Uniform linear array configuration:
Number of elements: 64
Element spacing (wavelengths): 0.75
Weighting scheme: blackman
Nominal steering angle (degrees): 0
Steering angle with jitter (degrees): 0.1782
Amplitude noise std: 0.05
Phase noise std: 0.05

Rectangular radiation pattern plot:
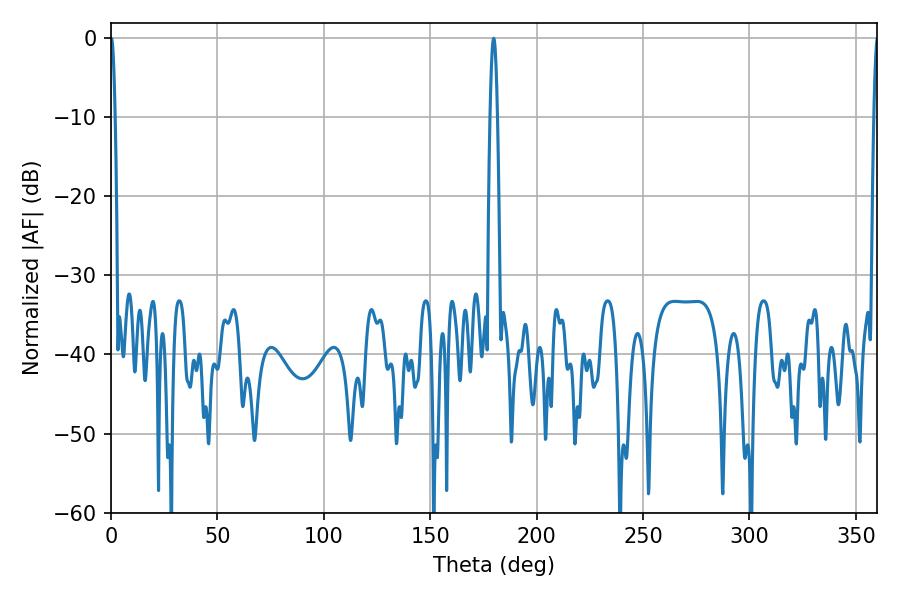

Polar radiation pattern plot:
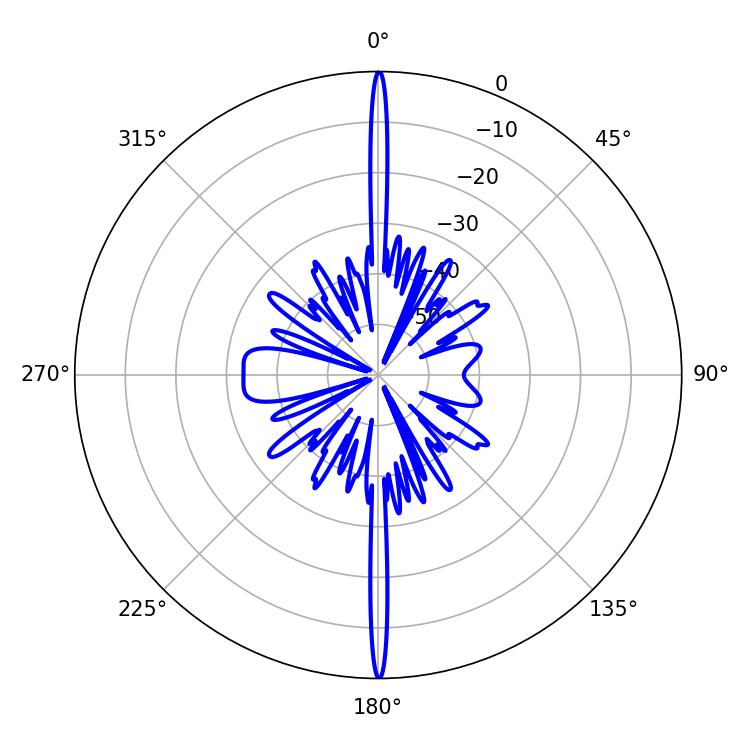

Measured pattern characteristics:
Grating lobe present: TRUE
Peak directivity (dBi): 43.673
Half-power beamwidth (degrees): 1.8
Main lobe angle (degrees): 179.82